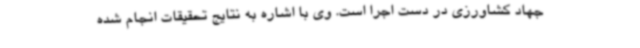
جهاد کشاورزی در دست اجرا است. وی با اشاره به نتایج تحقیقات انجام شده